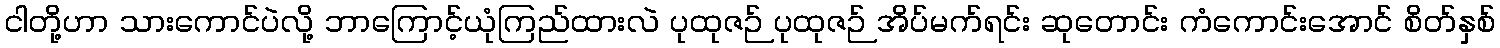
ငါတို့ဟာ သားကောင်ပဲလို့ ဘာကြောင့်ယုံကြည်ထားလဲ ပုထုဇဉ် ပုထုဇဉ် အိပ်မက်ရင်း ဆုတောင်း ကံကောင်းအောင် စိတ်နှစ်